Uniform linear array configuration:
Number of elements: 48
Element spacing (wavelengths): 0.75
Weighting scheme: hamming
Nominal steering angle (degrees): -15
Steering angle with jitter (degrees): -14.826
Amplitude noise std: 0.05
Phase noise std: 0.05

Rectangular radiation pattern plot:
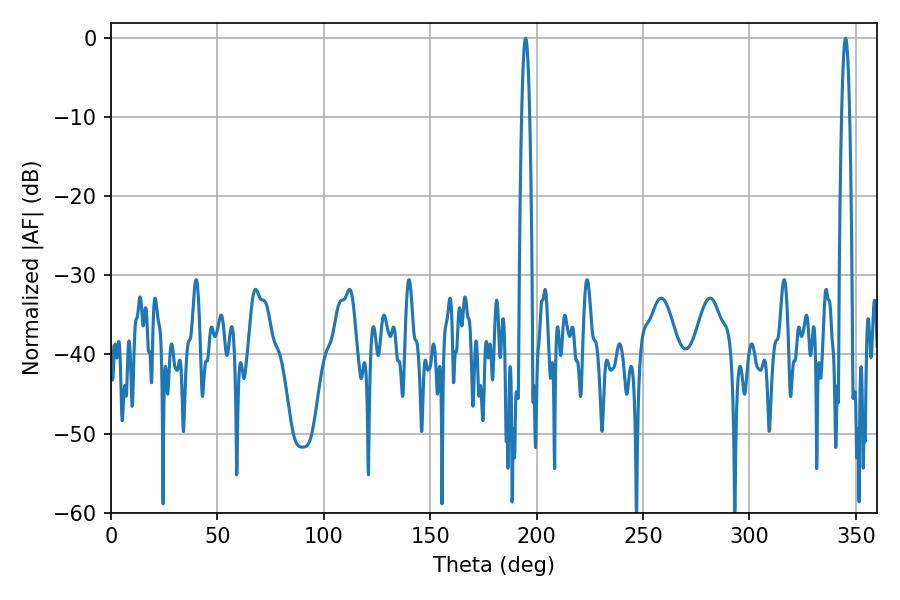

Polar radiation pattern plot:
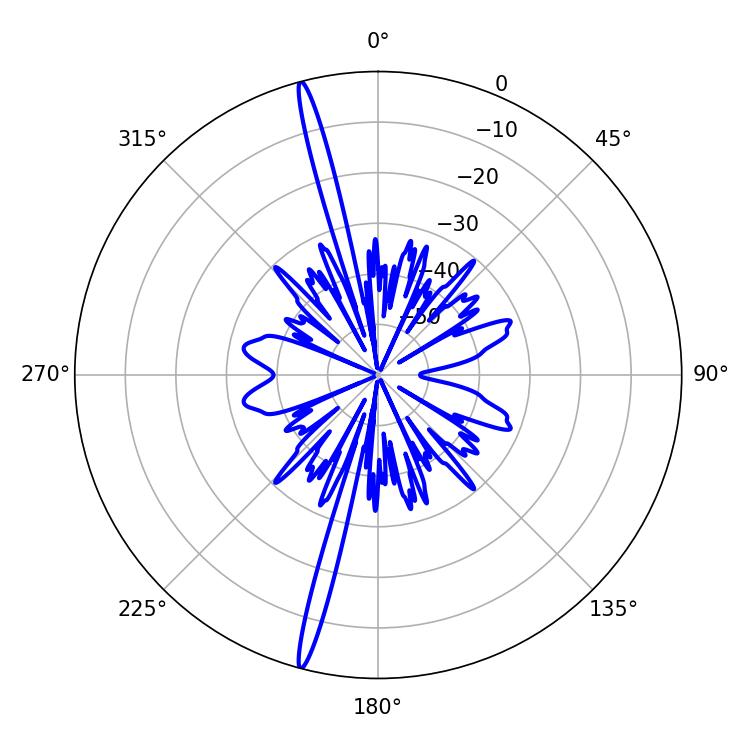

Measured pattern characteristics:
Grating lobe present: TRUE
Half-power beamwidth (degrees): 1.98
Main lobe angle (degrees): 194.76